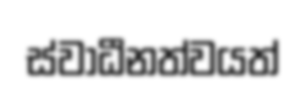
ස්වාධීනත්වයත්